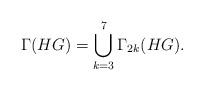
LaTeX: \begin{align*}\Gamma(HG)=\bigcup_{k=3}^{7}\Gamma_{2k}(HG).\end{align*}